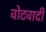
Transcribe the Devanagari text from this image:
वोटवादी